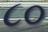
૮૦